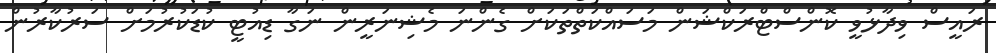
ރައީސް ވިދާޅުވީ ކޮންސްޓްރަކްޝަން މަސައްކަތްތަކަށް ގެންނަ މެޝިނަރީން ނަގާ ޑިއުޓީ ކުޑަކުރުމަށް ސަރުކާރުން